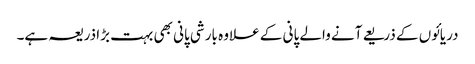
دریائوں کے ذریعے آنے والے پانی کے علاوہ بارشی پانی بھی بہت بڑا ذریعہ ہے۔